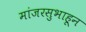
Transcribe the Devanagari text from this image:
मांजरसुभाहून